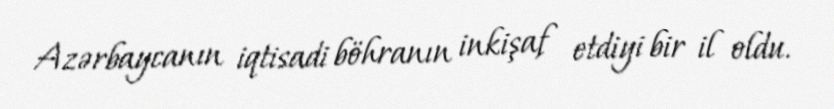
Azərbaycanın iqtisadi böhranın inkişaf etdiyi bir il oldu.